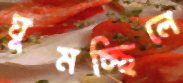
ঘুমচ্ছিলে